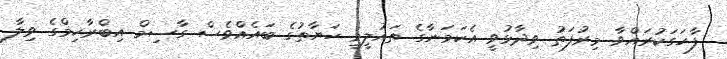
ފާހަގަކުރައްވާ މިރުފަތު ވިދާޅުވީ އެކަމަނާގެ ތައުލީމީ ހަޔާތުގެ ބައެއްވެސް ގާސިމް އިބްރާހިމްގެ ވިލާ